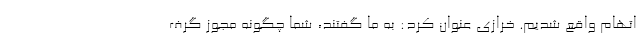
اتهام واقع شدیم. خرازی عنوان کرد: به ما گفتند، شما چگونه مجوز گرف